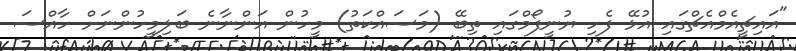
"އައިޗީއެމްއެޗްގައި އުޅޭ ފެހި ޔުނީފޯމްގައި ތިބޭ (މަސައްކަތު) މީހުން އަންނާނެ ބަލިމީހުންނަށް ހާއްސަ